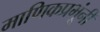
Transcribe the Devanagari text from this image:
माणिकप्रभूंनी